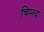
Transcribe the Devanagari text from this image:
चिन्त्य